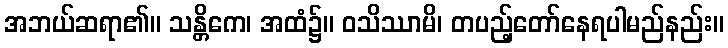
အဘယ်ဆရာ၏။ သန္တိကေ၊ အထံ၌။ ဝသိဿာမိ၊ တပည့်တော်နေရပါမည်နည်း။